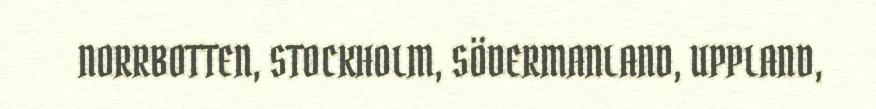
NORRBOTTEN, STOCKHOLM, SÖDERMANLAND, UPPLAND,